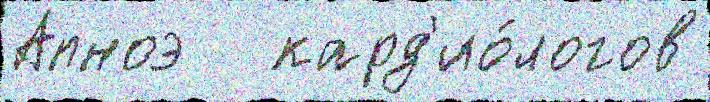
Апноэ   кард'ио́логов